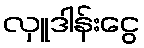
လှူဒါန်းငွေ